Civil Veterinary Department ledger series I-VI
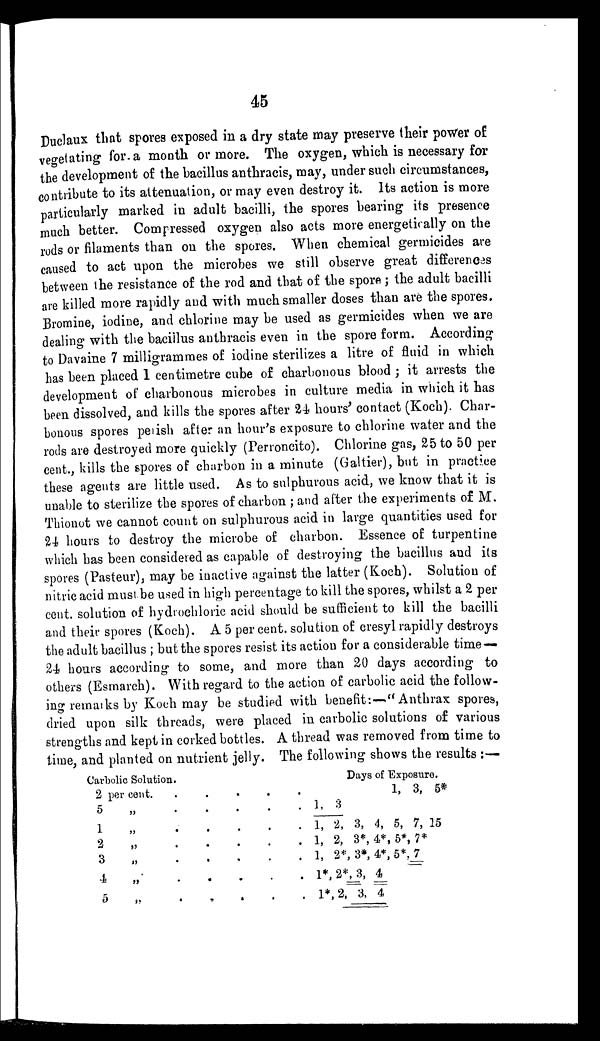
45
Duclaux that spores exposed in a dry state may preserve their power of
vegetating for a month or more. The oxygen, which is necessary for
the development of the bacillus anthracis, may, under such circumstances,
contribute to its attenuation, or may even destroy it. Its action is more
particularly marked in adult bacilli, the spores bearing its presence
much better. Compressed oxygen also acts more energetically on the
rods or filaments than on the spores. When chemical germicides are
caused to act upon the microbes we still observe great differences
between the resistance of the rod and that of the spore; the adult bacilli
are killed more rapidly and with much smaller doses than are the spores.
Bromine, iodine, and chlorine may be used as germicides when we are
dealing with the baciilus anthracis even in the spore form. According
to Davaine 7 milligrammes of iodine sterilizes a litre of fluid in which
has been placed 1 centimetre cube of charbonous blood; it arrests the
development of charbonous microbes in culture media in which it has
been dissolved, and kills the spores after 24 hours' contact (Koch). Char-
bonous spores perish after an hour's exposure to chlorine water and the
rods are destroyed more quickly (Perroneito). Chlorine gas, 25 to 50 per
cent., kills the spores of charbon in a minute (Galtier), but in practice
these agents are little used. As to sulphurous acid, we know that it is
unable to sterilize the spores of charbon; and after the experiments of M.
Thionot we cannot count on sulphurous acid in large quantities used for
24 hours to destroy the microbe of charbon. Essence of turpentine
which has been considered as capable of destroying the bacillus and its
spores (Pasteur), may be inactive against the latter (Koch). Solution of
nitric acid must be used in high percentage to kill the spores, whilst a 2 per
cent. solution of hydrochloric acid should be sufficient to kill the bacilli
and their spores (Koch). A 5 per cent. solution of cresyl rapidly destroys
the adult bacillus; but the spores resist its action for a considerable time —
24 hours according to some, and more than 20 days according to
others (Esrnarch). With regard to the action of carbolic acid the follow-
ing remarks by Koch may be studied with benefit:—"Anthrax spores,
dried upon silk threads, were placed in carbolic solutions of various
strengths and kept in corked bottles. A thread was removed from time to
time, and planted on nutrient jelly. The following shows the results:—
Carbolic Solution.
2
5
1
2
3
4
5
per cent.
„
„
„
„
„
„
.
.
.
.
.
.
.
.
.
.
.
.
.
.
.
.
.
.
.
.
.
.
.
.
.
.
.
.
.
.
.
.
.
.
.
Days of Exposure.
1, 3, 5*
1, 3
1, 2, 3, 4, 5, 7, 15
1, 2, 3*, 4*, 5*, 7*
1, 2*, 3*, 4*, 5*, 7
1*, 2*, 3, 4
1*, 2, 3, 4